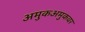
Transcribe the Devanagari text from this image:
अमुकअमुकवर